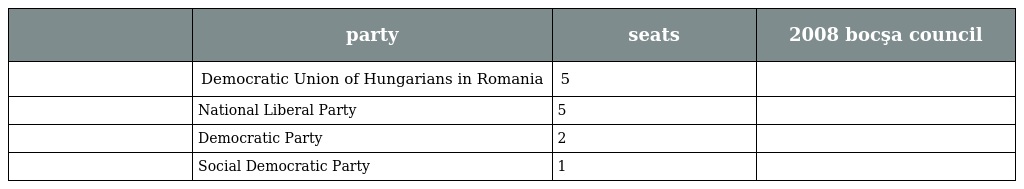
|  | party | seats | 2008 bocşa council |
 | --- | --- | --- | --- |
 |  | Democratic Union of Hungarians in Romania | 5 |  |
 |  | National Liberal Party | 5 |  |
 |  | Democratic Party | 2 |  |
 |  | Social Democratic Party | 1 |  |